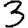
Digit: 3